Indian journal of veterinary science and animal husbandry - Volume 10,
Year: 1940
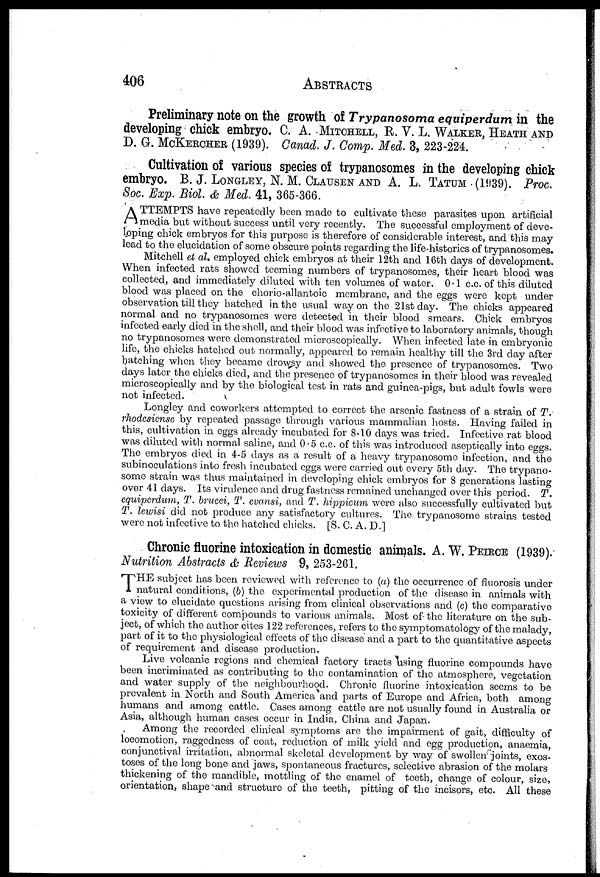
406 ABSTRACTS
Preliminary note on the growth of Trypanosoma equiperdum in the
developing chick embryo. C. A. MITCHELL, R. V. L. WALKER, HEATH AND
D. G. McKERCHER (1939). Canad. J. Comp. Med. 3, 223-224.
Cultivation of various species of trypanosomes in the developing chick
embryo. B. J. LONGLEY, N. M. CLAUSEN AND A. L. TATUM (1939). Proc.
Soc. Exp. Biol. & Med. 41, 365-366.
A TTEMPTS have repeatedly been made to cultivate these parasites upon artificial
media but without success until very recently. The successful employment of deve-
loping chick embryos for this purpose is therefore of considerable interest, and this may
lead to the elucidation of some obscure points regarding the life-histories of trypanosomes.
Mitchell et al. employed chick embryos at their 12th and 16th days of development.
When infected rats showed teeming numbers of trypanosomes, their heart blood was
collected, and immediately diluted with ten volumes of water. 0.1 c.c. of this diluted
blood was placed on the chorio-allantoic membrane, and the eggs were kept under
observation till they batched in the usual way on the 21st day. The chicks appeared
normal and no trypanosomes were detected in their blood smears. Chick embryos
infected early died in the shell, and their blood was infective to laboratory animals, though
no trypanosomes were demonstrated microscopically. When infected late in embryonic
life, the chicks hatched out normally, appeared to remain healthy till the 3rd day after
hatching when they became drowsy and showed the presence of trypanosomes. Two
days later the chicks died, and the presence of trypanosomes in their blood was revealed
microscopically and by the biological test in rats and guinea-pigs, but adult fowls were
not infected.
Longley and coworkers attempted to correct the arsenic fastness of a strain of T.
rhodesiense by repeated passage through various mammalian hosts. Having failed in
this, cultivation in eggs already incubated for 8-10 days was tried. Infective rat blood
was diluted with normal saline, and 0.5 c.c. of this was introduced aseptically into eggs.
The embryos died in 4-5 days as a result of a heavy trypanosome infection, and the
subinoculations into fresh incubated eggs were carried out every 5th day. The trypano¬
some strain was thus maintained in developing chick embryos for 8 generations lasting
over 41 days. Its virulence and drug fastness remained unchanged over this period. T.
equiperdum, T. brucci, T. evansi, and T. hippicum were also successfully cultivated but
T. lewisi did not produce any satisfactory cultures. The trypanosome strains tested
were not infective to the hatched chicks. [S. C. A. D.]
Chronic fluorine intoxication in domestic animals. A. W. PEIRCE (1939).
Nutrition Abstracts & Reviews 9, 253-261.
T HE subject has been reviewed with reference to (a) the occurrence of fluorosis under
natural conditions, (b) the experimental production of the disease in animals with
a view to elucidate questions arising from clinical observations and (c) the comparative
toxicity of different compounds to various animals. Most of the literature on the sub-
ject, of which the author cites 122 references, refers to the symptomatology of the malady,
part of it to the physiological effects of the disease and a part to the quantitative aspects
of requirement and disease production.
Live volcanic regions and chemical factory tracts using fluorine compounds have
been incriminated as contributing to the contamination of the atmosphere, vegetation
and water supply of the neighbourhood. Chronic fluorine intoxication seems to be
prevalent in North and South America and parts of Europe and Africa, both among
humans and among cattle. Cases among cattle are not usually found in Australia or
Asia, although human cases occur in India, China and Japan.
Among the recorded clinical symptoms are the impairment of gait, difficulty of
locomotion, raggedness of coat, reduction of milk yield and egg production, anaemia,
conjunctival irritation, abnormal skeletal development by way of swollen joints, exos-
toses of the long bone and jaws, spontaneous fractures, selective abrasion of the molars
thickening of the mandible, mottling of the enamel of teeth, change of colour, size,
orientation, shape and structure of the teeth, pitting of the incisors, etc. All these